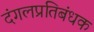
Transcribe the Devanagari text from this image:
दंगलप्रतिबंधक